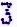
3